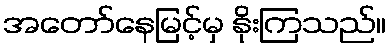
အတော်နေမြင့်မှ နိုးကြသည်။